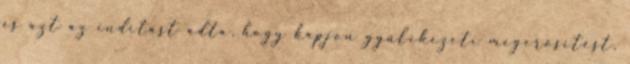
és azt az indítást adta, hogy kapjon gyülekezeti megerősítést,